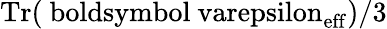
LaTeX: \mathrm{Tr(\ boldsymbol{\ varepsilon}_{\mathrm{eff}})}/3